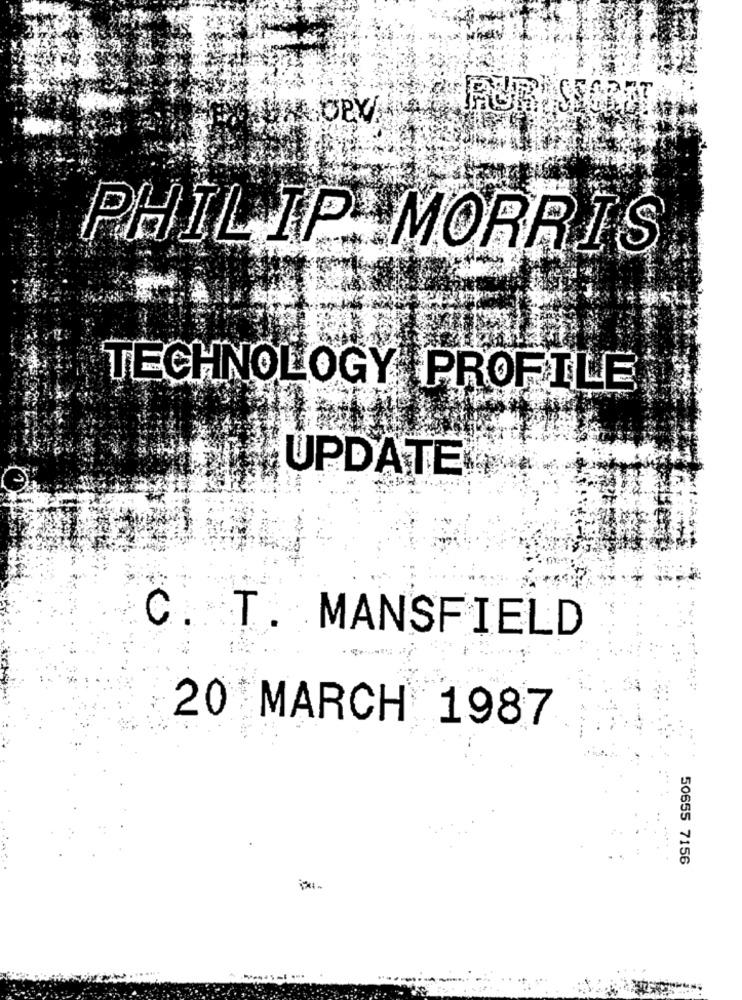
PHIL IP: MORRIS
TECHNOLOGY PROFILE
UPDATE
C. T. MANSFIELD
20 MARCH 1987
50655 7156